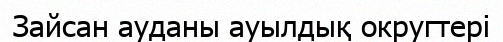
Зайсан ауданы ауылдық округтері